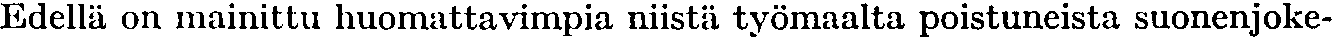
Edellä on mainittu huomattavimpia niistä työmaalta poistuneista suonenjoke-